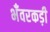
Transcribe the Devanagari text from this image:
भँवरकड़ी